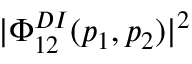
| \Phi _ { 1 2 } ^ { D I } ( p _ { 1 } , p _ { 2 } ) | ^ { 2 }